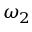
\omega _ { 2 }